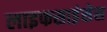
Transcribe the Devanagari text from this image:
लाइफसाइंसेस